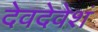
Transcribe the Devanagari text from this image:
देवदेवेशं